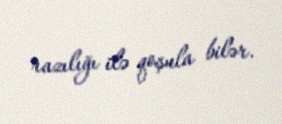
razılığı ilə qoşula bilər.